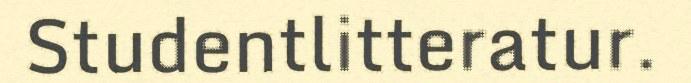
Studentlitteratur.